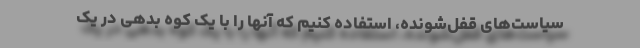
سیاست‌های قفل‌شونده، استفاده کنیم که آنها را با یک کوه بدهی در یک